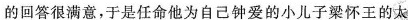
的回答很满意,于是任命他为自已钟爱的小儿子梁怀王的太